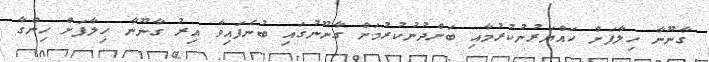
ގާނޫނާ ހިލާފަށް ހައްޔަރުނުކުރުމާއި ބަންދުނުކުރުމަށް ގާނޫނުގައި ބުނެފައިވާ އިރު ގާނޫނާ ހިލާފަށް ހިންގާ